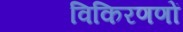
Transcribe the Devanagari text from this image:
विकिरणणों